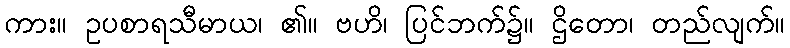
ကား။ ဥပစာရသီမာယ၊ ၏။ ဗဟိ၊ ပြင်ဘက်၌။ ဌိတော၊ တည်လျက်။